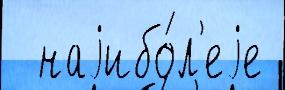
  наjибо́л'еjе